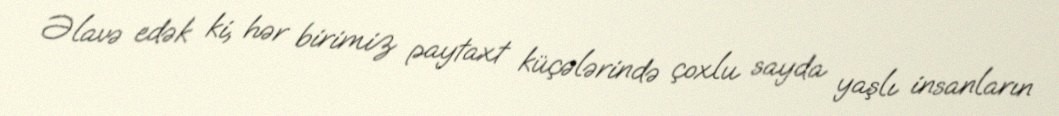
Əlavə edək ki, hər birimiz paytaxt küçələrində çoxlu sayda yaşlı insanların